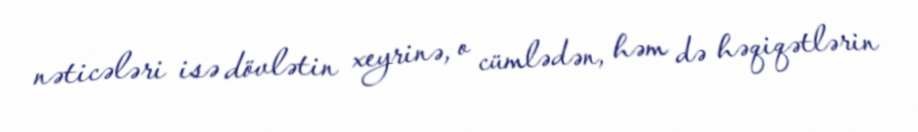
nəticələri isə dövlətin xeyrinə, o cümlədən, həm də həqiqətlərin